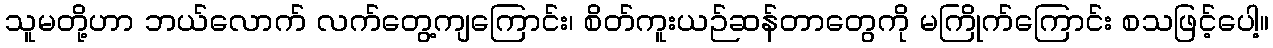
သူမတို့ဟာ ဘယ်လောက် လက်တွေ့ကျကြောင်း၊ စိတ်ကူးယဉ်ဆန်တာတွေကို မကြိုက်ကြောင်း စသဖြင့်ပေါ့။